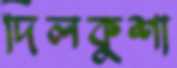
দিলকুশা